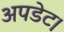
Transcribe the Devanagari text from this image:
अपडेट।